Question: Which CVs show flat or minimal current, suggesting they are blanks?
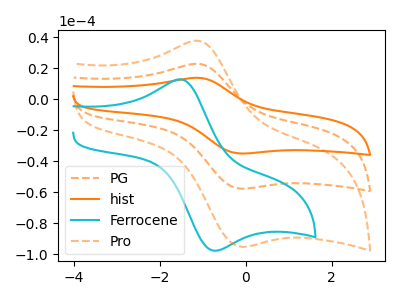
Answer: <think>The orange dashed curve "PG" has an anodic peak at (-1.05V, 22.80uA) and a cathodic peak at (0.00V, -57.65uA). The orange curve "hist" has an anodic peak at (-1.05V, 45.60uA) and a cathodic peak at (0.00V, -115.35uA). The cyan curve "Ferrocene" has an anodic peak at (-1.50V, 12.90uA) and a cathodic peak at (-0.70V, -97.80uA). The orange dashed curve "Pro" has an anodic peak at (-1.05V, 37.60uA) and a cathodic peak at (0.00V, -95.15uA).</think>
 <answer>There are not any CV's on this graph that are likely to be blanks.</answer>
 <eval>none</eval>